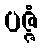
ပဇ္ဇံ